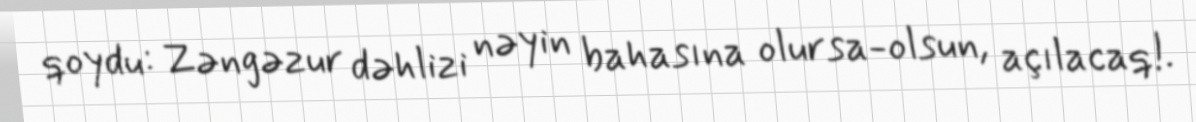
qoydu: Zəngəzur dəhlizi nəyin bahasına olursa-olsun, açılacaq!.